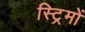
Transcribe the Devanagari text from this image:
स्ट्रिमों